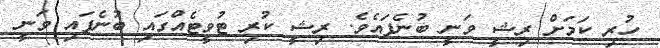
ހުރި ކަމަށް ރިޝީ ވަނީ ބުނެފައެވެ. ރިޝީ ކުރި ޓުވީޓެއްގައި ބުނެފައި ވަނީ